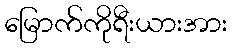
မြောက်ကိုရီးယားအား